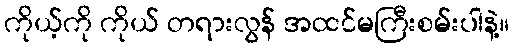
ကိုယ့်ကို ကိုယ် တရားလွန် အထင်မကြီးစမ်းပါနဲ့။